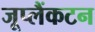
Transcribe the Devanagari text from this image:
जूप्लैंकटन